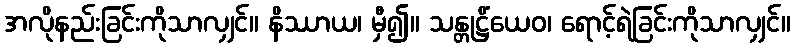
အလိုနည်းခြင်းကိုသာလျှင်။ နိဿာယ၊ မှီ၍။ သန္တုဋ္ဌိံယေဝ၊ ရောင့်ရဲခြင်းကိုသာလျှင်။